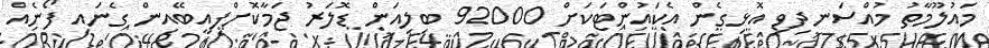
މައުލޫމާތު މުއްސަނދިވި އޮޅިގެން އެކައުންޓަކަށް 92000 ބިލިއަން ޑޮލަރު ޖަމާކޮށްފިއީބޭއިން ގެނައި ފޯނެއް